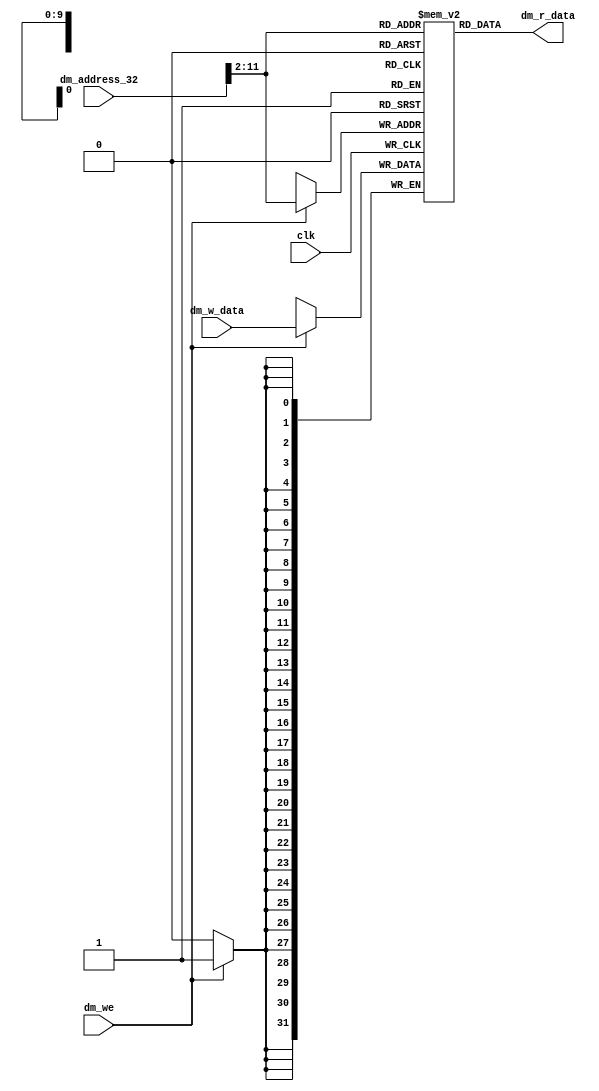
`timescale 1ns / 1ps


module dm(
    input wire[31:0] dm_address_32,
    input wire[31:0] dm_w_data,
    input wire dm_we,
    input wire clk,

    output wire[31:0] dm_r_data
    );

    // 1024  dm 
    reg[31:0] dm[1023:0];
    wire[9:0] dm_address_10;

    assign dm_address_10 = dm_address_32[11:2];
    assign dm_r_data = dm[dm_address_10];

    always @ (posedge clk) begin
        if (dm_we) begin
            dm[dm_address_10] <= dm_w_data;
        end
    end


endmodule